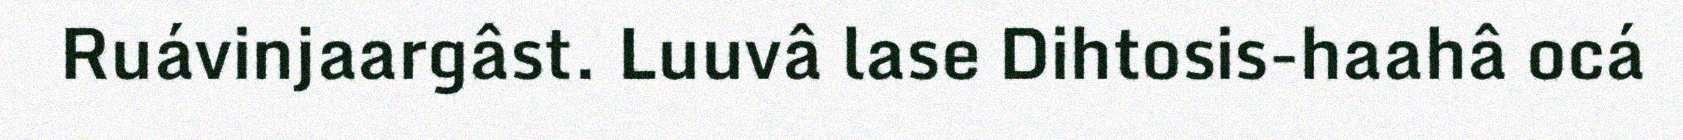
Ruávinjaargâst. Luuvâ lase Dihtosis-haahâ ocá